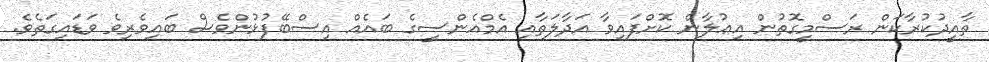
ތާއީދުކުރާކަން ރަސްމީގޮތުން އިޢުލާން ކޮށްފައިވާ އަދާލަތާއި އެމްއެންސީގެ ބައެއް އިސްބޭފުޅުންވެސް ބައިވެރިވެ ވަޑައިގަތެވެ.